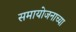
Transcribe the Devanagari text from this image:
समायोजनाच्या